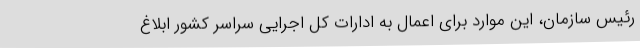
رئیس سازمان، این موارد برای اعمال به ادارات کل اجرایی سراسر کشور ابلاغ